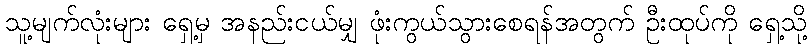
သူ့မျက်လုံးများ ရှေ့မှ အနည်းငယ်မျှ ဖုံးကွယ်သွားစေရန်အတွက် ဦးထုပ်ကို ရှေ့သို့